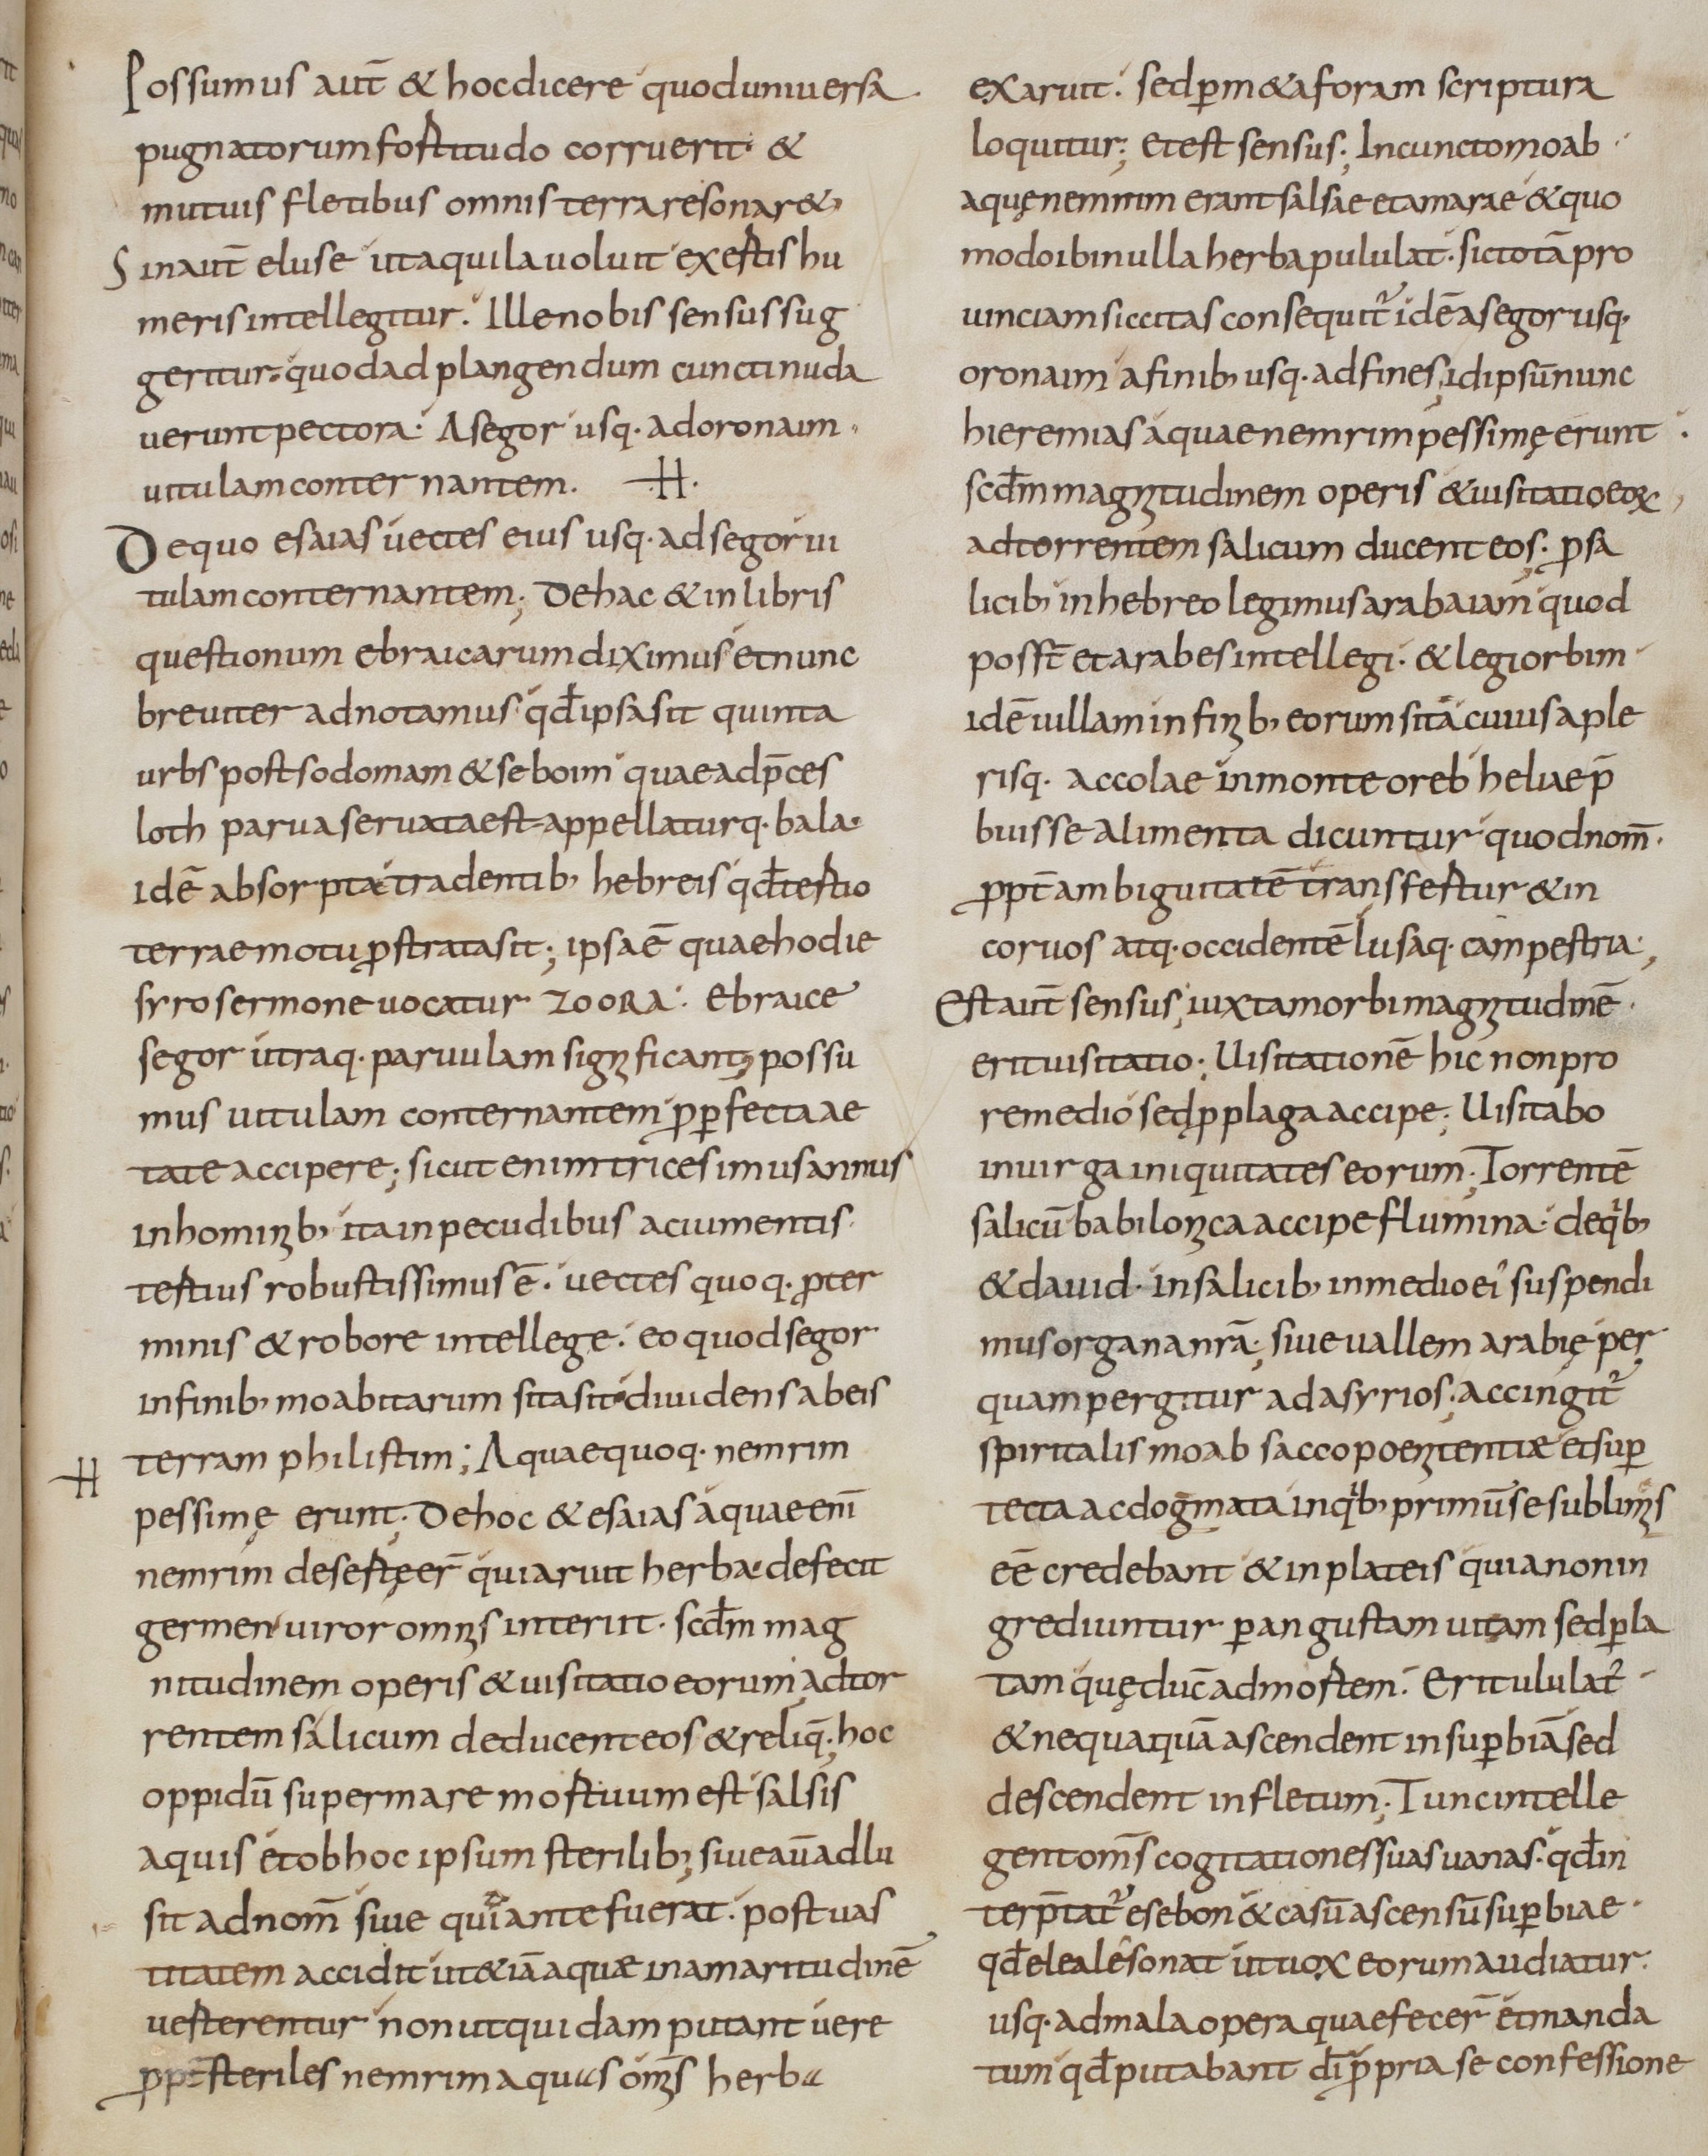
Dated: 800–899